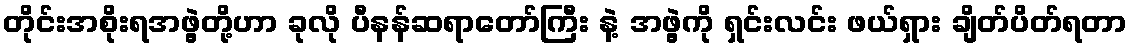
တိုင်းအစိုးရအဖွဲ့တို့ဟာ ခုလို ပီနန်ဆရာတော်ကြီး နဲ့ အဖွဲ့ကို ရှင်းလင်း ဖယ်ရှား ချိတ်ပိတ်ရတာ